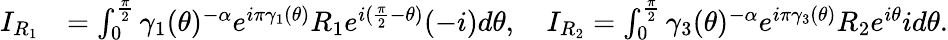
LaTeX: \begin{array}{rl}{I_{R_{1}}}&{=\int_{0}^{\frac{\pi}{2}}\gamma_{1}(\theta)^{-\alpha}e^{i\pi\gamma_{1}(\theta)}R_{1}e^{i(\frac{\pi}{2}-\theta)}(-i)d\theta,\quad I_{R_{2}}=\int_{0}^{\frac{\pi}{2}}\gamma_{3}(\theta)^{-\alpha}e^{i\pi\gamma_{3}(\theta)}R_{2}e^{i\theta}id\theta.}\end{array}